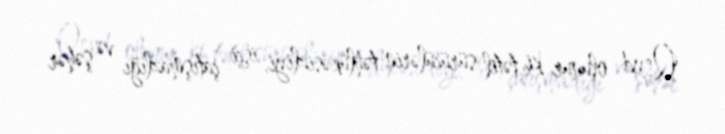
Qeyd olunur ki, tətil sürücülərin təhlükəsizliyi, işçi çatışmazlığı və şəhər